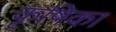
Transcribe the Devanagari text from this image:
कृषिका